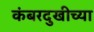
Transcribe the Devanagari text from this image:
कंबरदुखीच्या